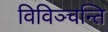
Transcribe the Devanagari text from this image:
विविञ्चन्ति